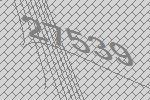
27539